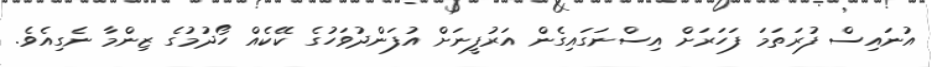
އުނައިސް ފުރަތަމަ ފަހަރަށް އިސްނަގައިގެން އަރުފީނަށް އުފަންދުވަހުގެ ކޭކެއް ހޯދުމުގެ ޒިންމާ ނެގިއެވެ.